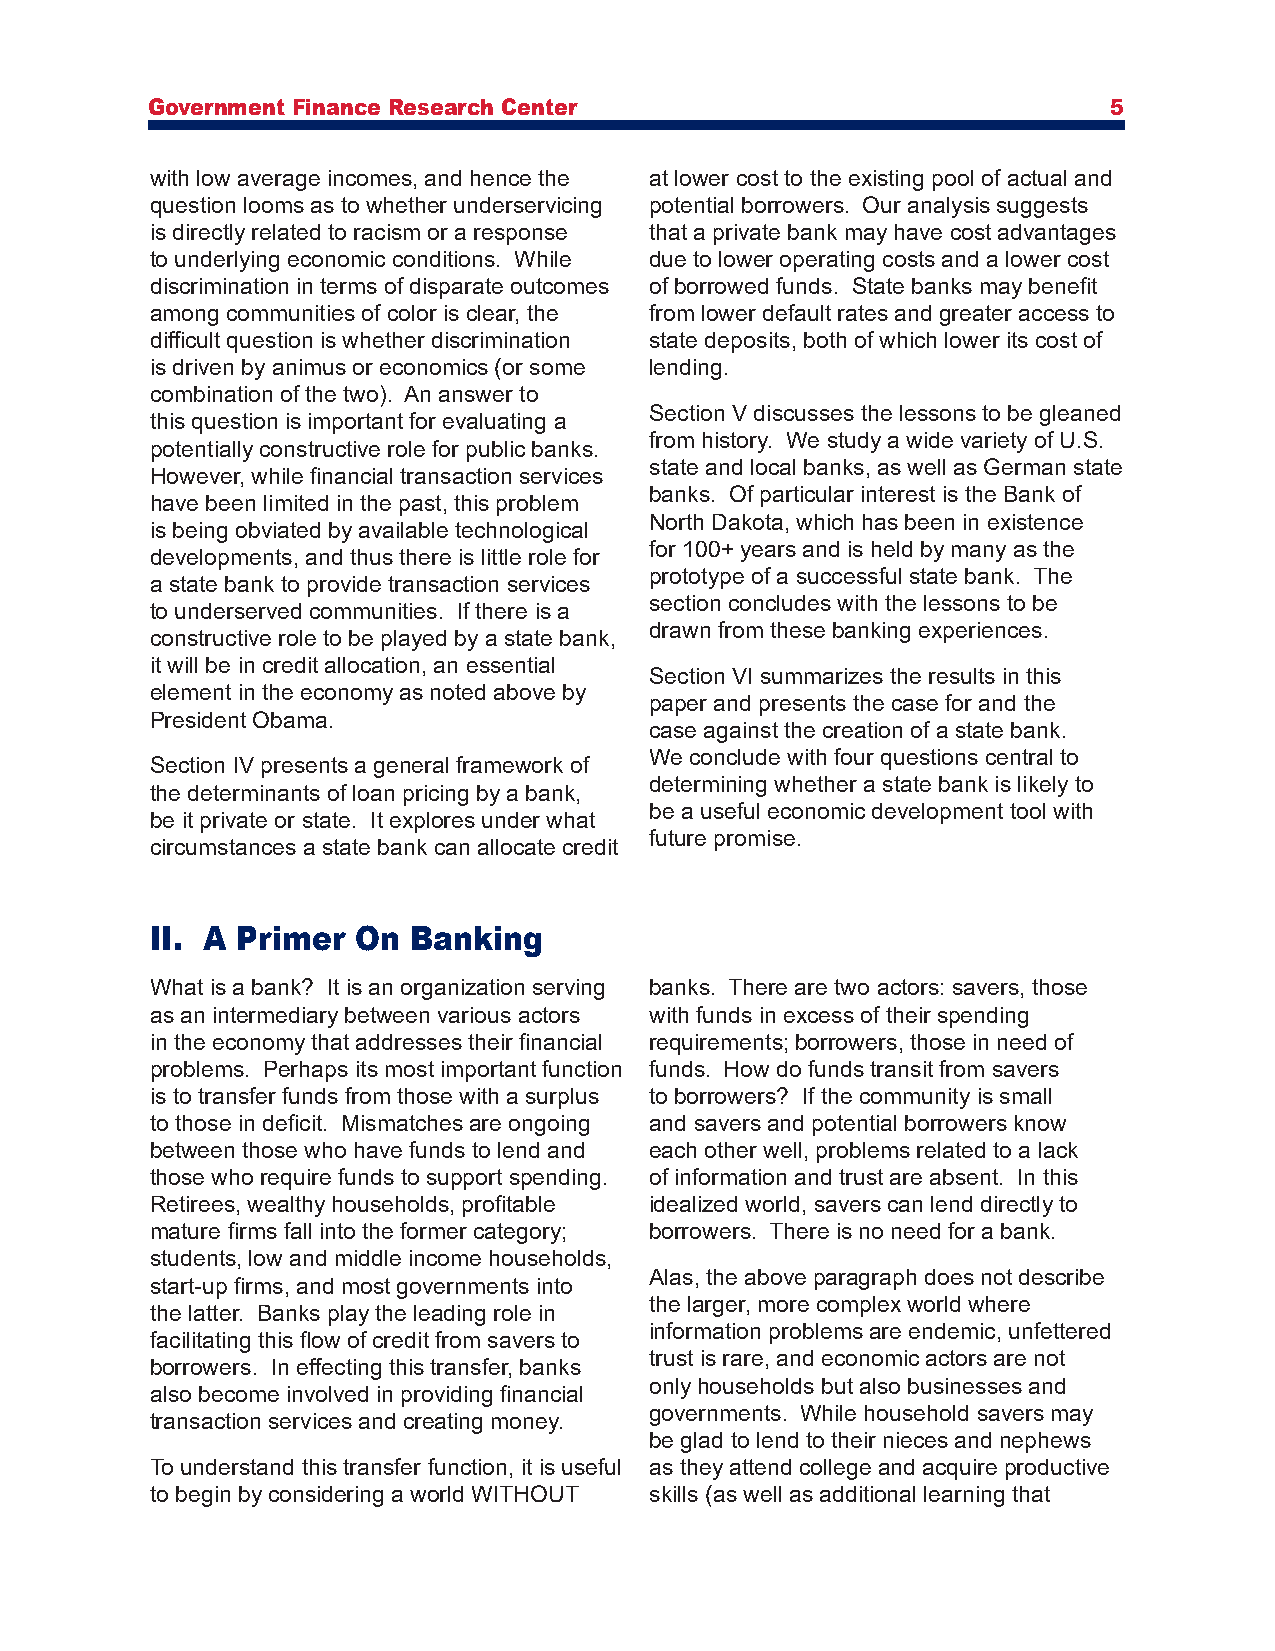
Government Finance Research Center                             5
 with low average incomes, and hence the at lower cost to the existing pool of actual and
 question looms as to whether underservicing potential borrowers. Our analysis suggests
 is directly related to racism or a response that a private bank may have cost advantages
 to underlying economic conditions. While due to lower operating costs and a lower cost
 discrimination in terms of disparate outcomes of borrowed funds. State banks may benefit
 among communities of color is clear, the from lower default rates and greater access to
 difficult question is whether discrimination state deposits, both of which lower its cost of
 is driven by animus or economics (or some lending.
 combination of the two). An answer to
 Section V discusses the lessons to be gleaned
 this question is important for evaluating a
 from history. We study a wide variety of U.S.
 potentially constructive role for public banks.
 state and local banks, as well as German state
 However, while financial transaction services
 banks. Of particular interest is the Bank of
 have been limited in the past, this problem
 North Dakota, which has been in existence
 is being obviated by available technological
 for 100+ years and is held by many as the
 developments, and thus there is little role for
 prototype of a successful state bank. The
 a state bank to provide transaction services
 section concludes with the lessons to be
 to underserved communities. If there is a
 drawn from these banking experiences.
 constructive role to be played by a state bank,
 it will be in credit allocation, an essential
 Section VI summarizes the results in this
 element in the economy as noted above by
 paper and presents the case for and the
 President Obama.
 case against the creation of a state bank.
 We conclude with four questions central to
 Section IV presents a general framework of
 determining whether a state bank is likely to
 the determinants of loan pricing by a bank,
 be a useful economic development tool with
 be it private or state. It explores under what
 future promise.
 circumstances a state bank can allocate credit
 II. A Primer On  Banking
 What is a bank? It is an organization serving banks. There are two actors: savers, those
 as an intermediary between various actors with funds in excess of their spending
 in the economy that addresses their financial requirements; borrowers, those in need of
 problems. Perhaps its most important function funds. How do funds transit from savers
 is to transfer funds from those with a surplus to borrowers? If the community is small
 to those in deficit. Mismatches are ongoing and savers and potential borrowers know
 between those who have funds to lend and each other well, problems related to a lack
 those who require funds to support spending. of information and trust are absent. In this
 Retirees, wealthy households, profitable idealized world, savers can lend directly to
 mature firms fall into the former category; borrowers. There is no need for a bank.
 students, low and middle income households,
 Alas, the above paragraph does not describe
 start-up firms, and most governments into
 the larger, more complex world where
 the latter. Banks play the leading role in
 information problems are endemic, unfettered
 facilitating this flow of credit from savers to
 trust is rare, and economic actors are not
 borrowers. In effecting this transfer, banks
 only households but also businesses and
 also become involved in providing financial
 governments. While household savers may
 transaction services and creating money.
 be glad to lend to their nieces and nephews
 To understand this transfer function, it is useful as they attend college and acquire productive
 to begin by considering a world WITHOUT skills (as well as additional learning that